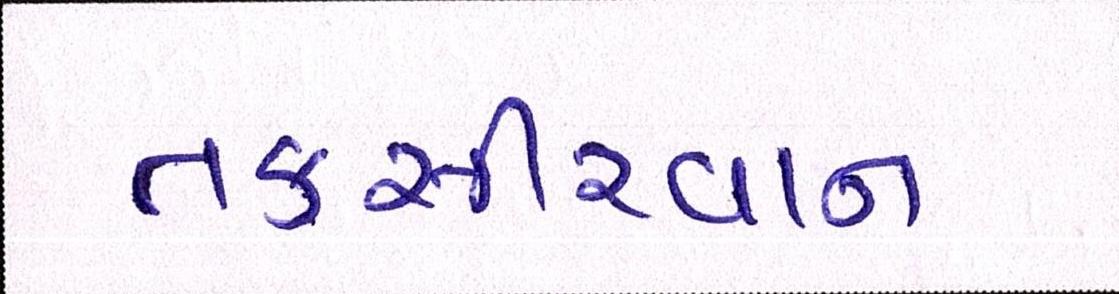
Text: તકસીરવાન